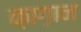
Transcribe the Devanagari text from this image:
क़ाग़ान